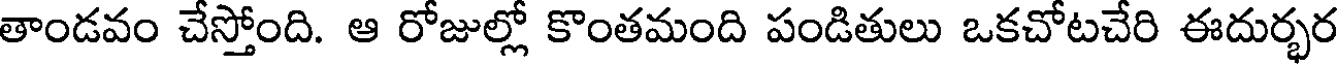
తాండవం చేస్తోంది. ఆ రోజుల్లో కొంతమంది పండితులు ఒకచోటచేరి ఈదుర్భర